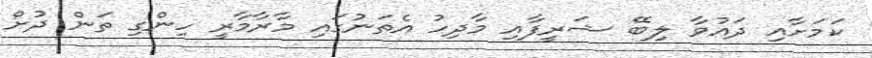
ކަމަށާއި ދައުވާ ލިބޭ ޝަރީފާއި މާދިހު އެތަނުގައި މާރާމާރީ ހިންގި ތަން ދުށް